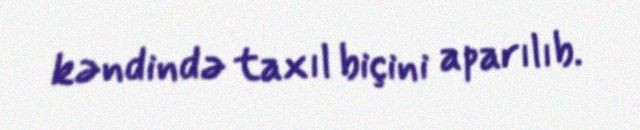
kəndində taxıl biçini aparılıb.